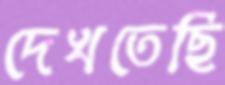
দেখতেছি